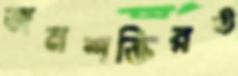
জনশক্তিরও